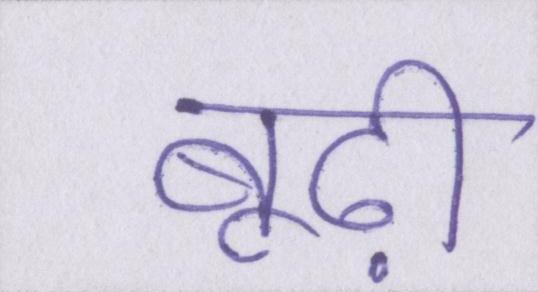
बूढ़ी